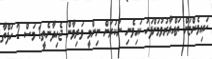
ކައިވެންޏަށް ތައްޔާރުވުމަށްފަހު ކައިވެނި ނުކުރަން ނިންމީ ވަރިވާން ޖެހިދާނެތީ1 މަސް 2 ހަފްތާ